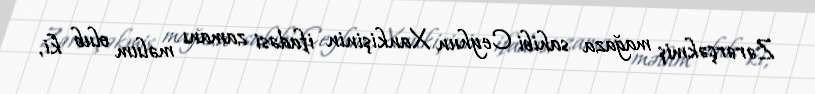
Zərərçəkmiş mağaza sahibi Ceyhun Xankişinin ifadəsi zamanı məlum olub ki,